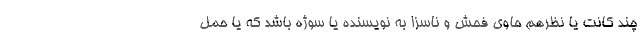
چند کانت یا نظرهم حاوی فحش و ناسزا به نویسنده یا سوژه باشد که یا حمل